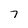
Character: 7